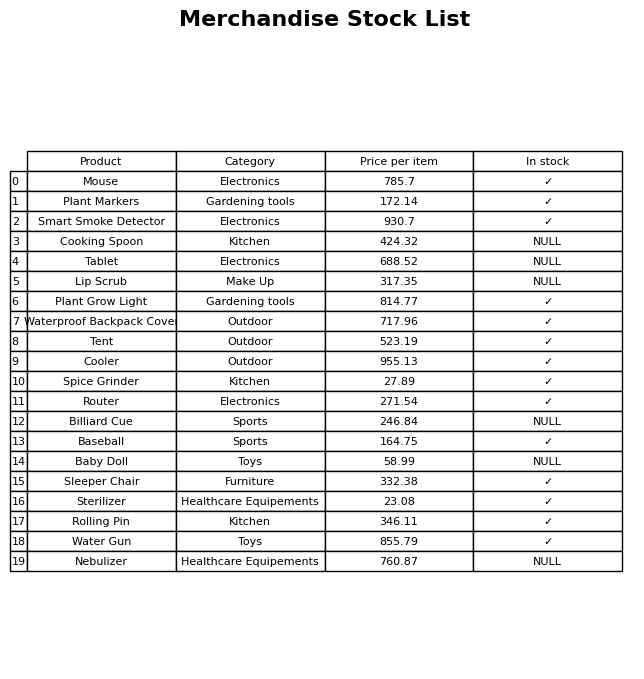
question: Which products are currently out of stock?
answer: Cooking Spoon, Tablet, Lip Scrub, Billiard Cue, Baby Doll, Nebulizer